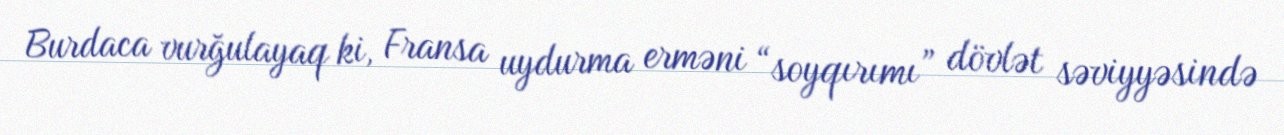
Burdaca vurğulayaq ki, Fransa uydurma erməni “soyqırımı” dövlət səviyyəsində